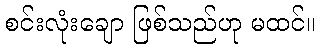
စင်းလုံးချော ဖြစ်သည်ဟု မထင်။